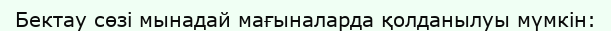
Бектау сөзі мынадай мағыналарда қолданылуы мүмкін: